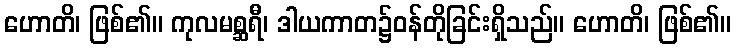
ဟောတိ၊ ဖြစ်၏။ ကုလမစ္ဆရီ၊ ဒါယကာတ၌ဝန်တိုခြင်းရှိသည်။ ဟောတိ၊ ဖြစ်၏။